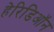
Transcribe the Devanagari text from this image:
हेरिडिऑन